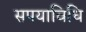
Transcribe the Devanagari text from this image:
सपयाविधि